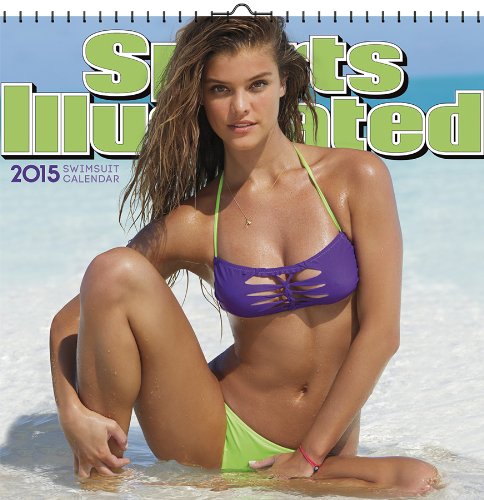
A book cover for Sports Illustrated Swimsuit 2015 Deluxe Wall Calendar; Trends International; Calendars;